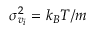
\sigma _ { v _ { i } } ^ { 2 } = k _ { B } T / m